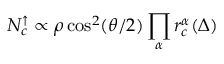
\ensuremath { N _ { c } ^ { \uparrow } } \propto \rho \cos ^ { 2 } ( \theta / 2 ) \prod _ { \alpha } \ensuremath { r _ { c } } ^ { \alpha } ( \Delta )